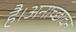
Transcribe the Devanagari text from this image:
है।अनाच्छादन